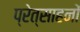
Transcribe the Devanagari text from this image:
प्रेत्साहनों